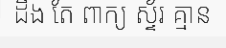
ដឹង តែ ពាក្យ ស្ទ័រ គ្មាន